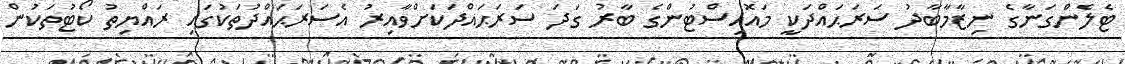
ޓެލެންގަނާގެ ނިޒާމާބާދު ސަރަޙައްދަކީ މައޮއިސްޓުންގެ ބާރު ގަދަ ސަރަޙައްދަކަށްވާއިރު އެސަރަޙައްދުތަކުގައި ރައްޔިތު ކޯޓުތަކުން